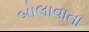
બોલાવાતા